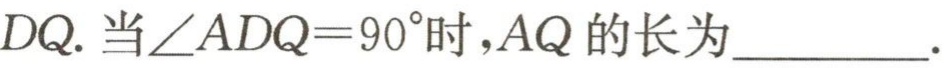
$DQ.$当$\angle ADQ = 90^{\circ}$时，$AQ$的长为__________.